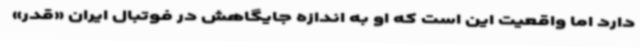
دارد اما واقعیت این است که او به اندازه جایگاهش در فوتبال ایران «قدر»